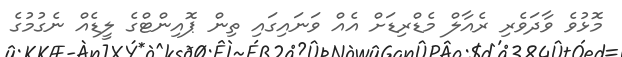
މޮޅުވެ ވާދަވެރި ރެއާލް މެޑްރިޑަށް އެއް ވަނައިގައި ތިން ޕޮއިންޓްގެ ލީޑެއް ނެގުމުގެ